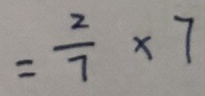
= \frac { 2 } { 7 } \times 7